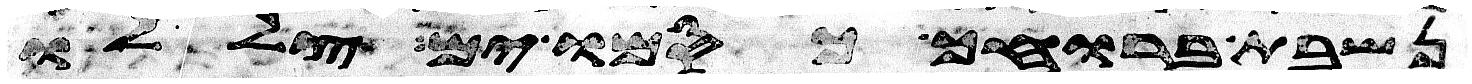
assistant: נשבת ברוחך כסמו ים צללו